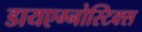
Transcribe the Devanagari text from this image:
डायएग्नोस्टिक्स